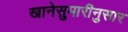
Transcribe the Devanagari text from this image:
खानेसुमारीनुसार